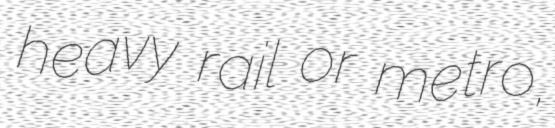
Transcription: heavy rail or metro,